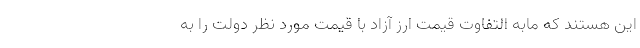
این هستند که مابه التفاوت قیمت ارز آزاد با قیمت مورد نظر دولت را به